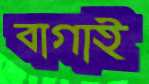
বাগাই